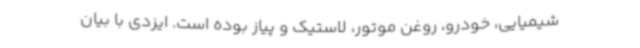
شیمیایی، خودرو، روغن موتور، لاستیک و پیاز بوده است. ایزدی با بیان